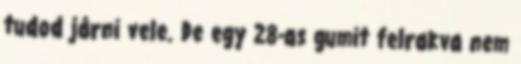
tudod járni vele. De egy 28-as gumit felrakva nem